Civil Veterinary Department. Madras. Admin. report 1910-25 - 1910-1925
Year: 1910
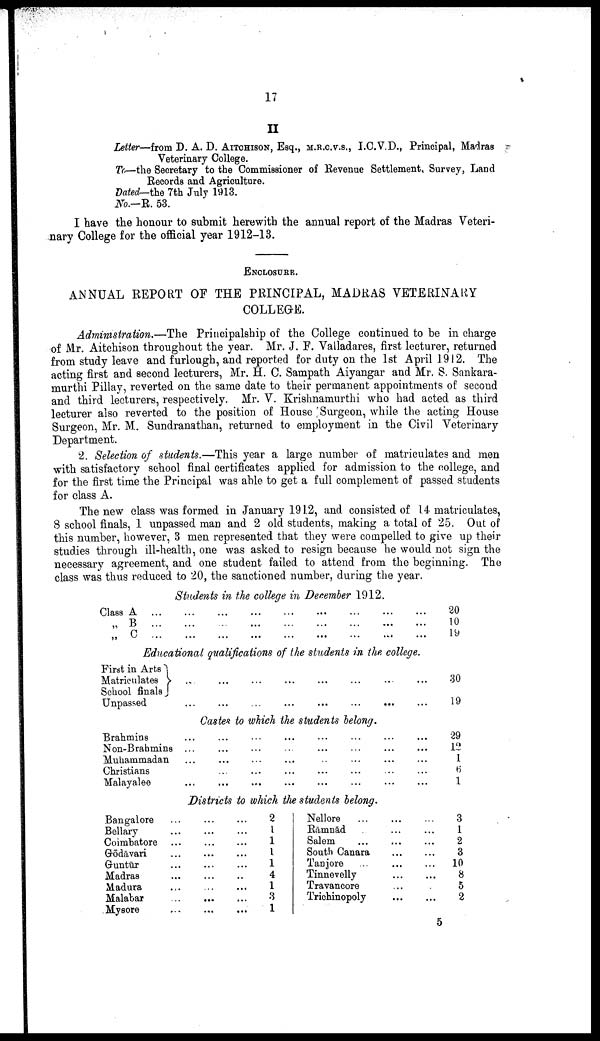
17
II
Letter—from D. A. D. AITCHISON, Esq., M.R.C.V.S., I.C.V.D., Principal, Madras
Veterinary College.
To—the Secretary to the Commissioner of Revenue Settlement, Survey, Land
Records and Agriculture.
Dated—the 7th July 1913.
No.—R. 53.
I have the honour to submit herewith the annual report of the Madras Veteri
nary College for the official year 1912-13.
ENCLOSURE.
ANNUAL REPORT OF THE PRINCIPAL, MADRAS VETERINARY
COLLEGE.
Administration.—The Principalship of the College continued to be in charge
of Mr. Aitchison throughout the year. Mr. J. E. Valladares, first lecturer, returned
from study leave and furlough, and reported for duty on the 1st April 1912. The
acting first and second lecturers, Mr. H. C. Sampath Aiyangar and Mr. S. Sankara-
murthi Pillay, reverted on the same date to their permanent appointments of second
and third lecturers, respectively. Mr. V. Krishnamurthi who had acted as third
lecturer also reverted to the position of House Surgeon, while the acting House
Surgeon, Mr. M. Sundranathan, returned to employment in the Civil Veterinary
Department.
2. Selection of students.—This year a large number of matriculates and men
with satisfactory school final certificates applied for admission to the college, and
for the first time the Principal was able to get a full complement of passed students
for class A.
The new class was formed in January 1912, and consisted of 14 matriculates,
8 school finals, 1 unpassed man and 2 old students, making a total of 25. Out of
this number, however, 3 men represented that they were compelled to give up their
studies through ill-health, one was asked to resign because he would not sign the
necessary agreement, and one student failed to attend from the beginning. The
class was thus reduced to 20, the sanctioned number, during the year.
Students in the college in December 1912.
Class A
„ B
„ C ...
...
...
...
...
...
...
...
...
...
...
20
10
19
Educational qualifications of the students in the college.
First in Arts
Matriculates
.,.
School finals
Unpassed
..
...
...
...
... .. ...
...
30
19
Castes to which the students belong.
Brahmins
Non-Brahmins ...
Muhammadan
Christians
Malayalee
...
...
29
12
1
6
1
Districts to which the students belong.
Bangalore
Bellary
Coimbatore
Godāvari
Gruntūr
Madras
Madura
Malabar
Mysore
...
...
...
....
..
...
...
...
2
1
1
1
1
4
1
3
1
Nellore
Rāmnād
Salem
South Canara
Tanjore
Tinnevelly
Travancore
Trichinopoly
3
1
2
3
...
10
8
5
2
5